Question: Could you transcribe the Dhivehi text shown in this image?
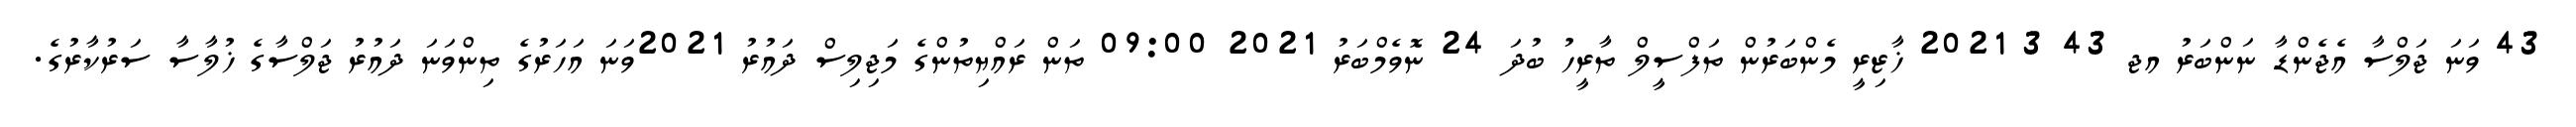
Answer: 43 ވަނަ ޖަލްސާ އެޖެންޑާ ނަންބަރު އޖ 43 3 2021 ޚާޒިރީ މެންބަރުން ތަފްސީލް ތާރީހު ބުދަ 24 ނޮވެމްބަރު 2021 09:00 ތަން ރައްޔިތުންގެ މަޖިލިސް ދައުރު 2021ވަނަ އަހަރުގެ ތިންވަނަ ދައުރު ޖަލްސާގެ ޚުލާސާ ސަރުކާރުގެ.